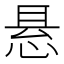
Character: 悬